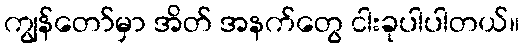
ကျွန်တော်မှာ အိတ် အနက်တွေ ငါးခုပါပါတယ်။